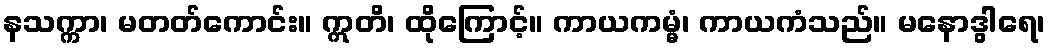
နသက္ကာ၊ မတတ်ကောင်း။ ဣတိ၊ ထိုကြောင့်။ ကာယကမ္မံ၊ ကာယကံသည်။ မနောဒွါရေ၊